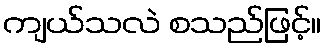
ကျယ်သလဲ စသည်ဖြင့်။